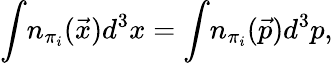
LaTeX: \int\! n_{\pi_{i}}(\vec{x})d^{3}x=\int\! n_{\pi_{i}}(\vec{p})d^{3}p,